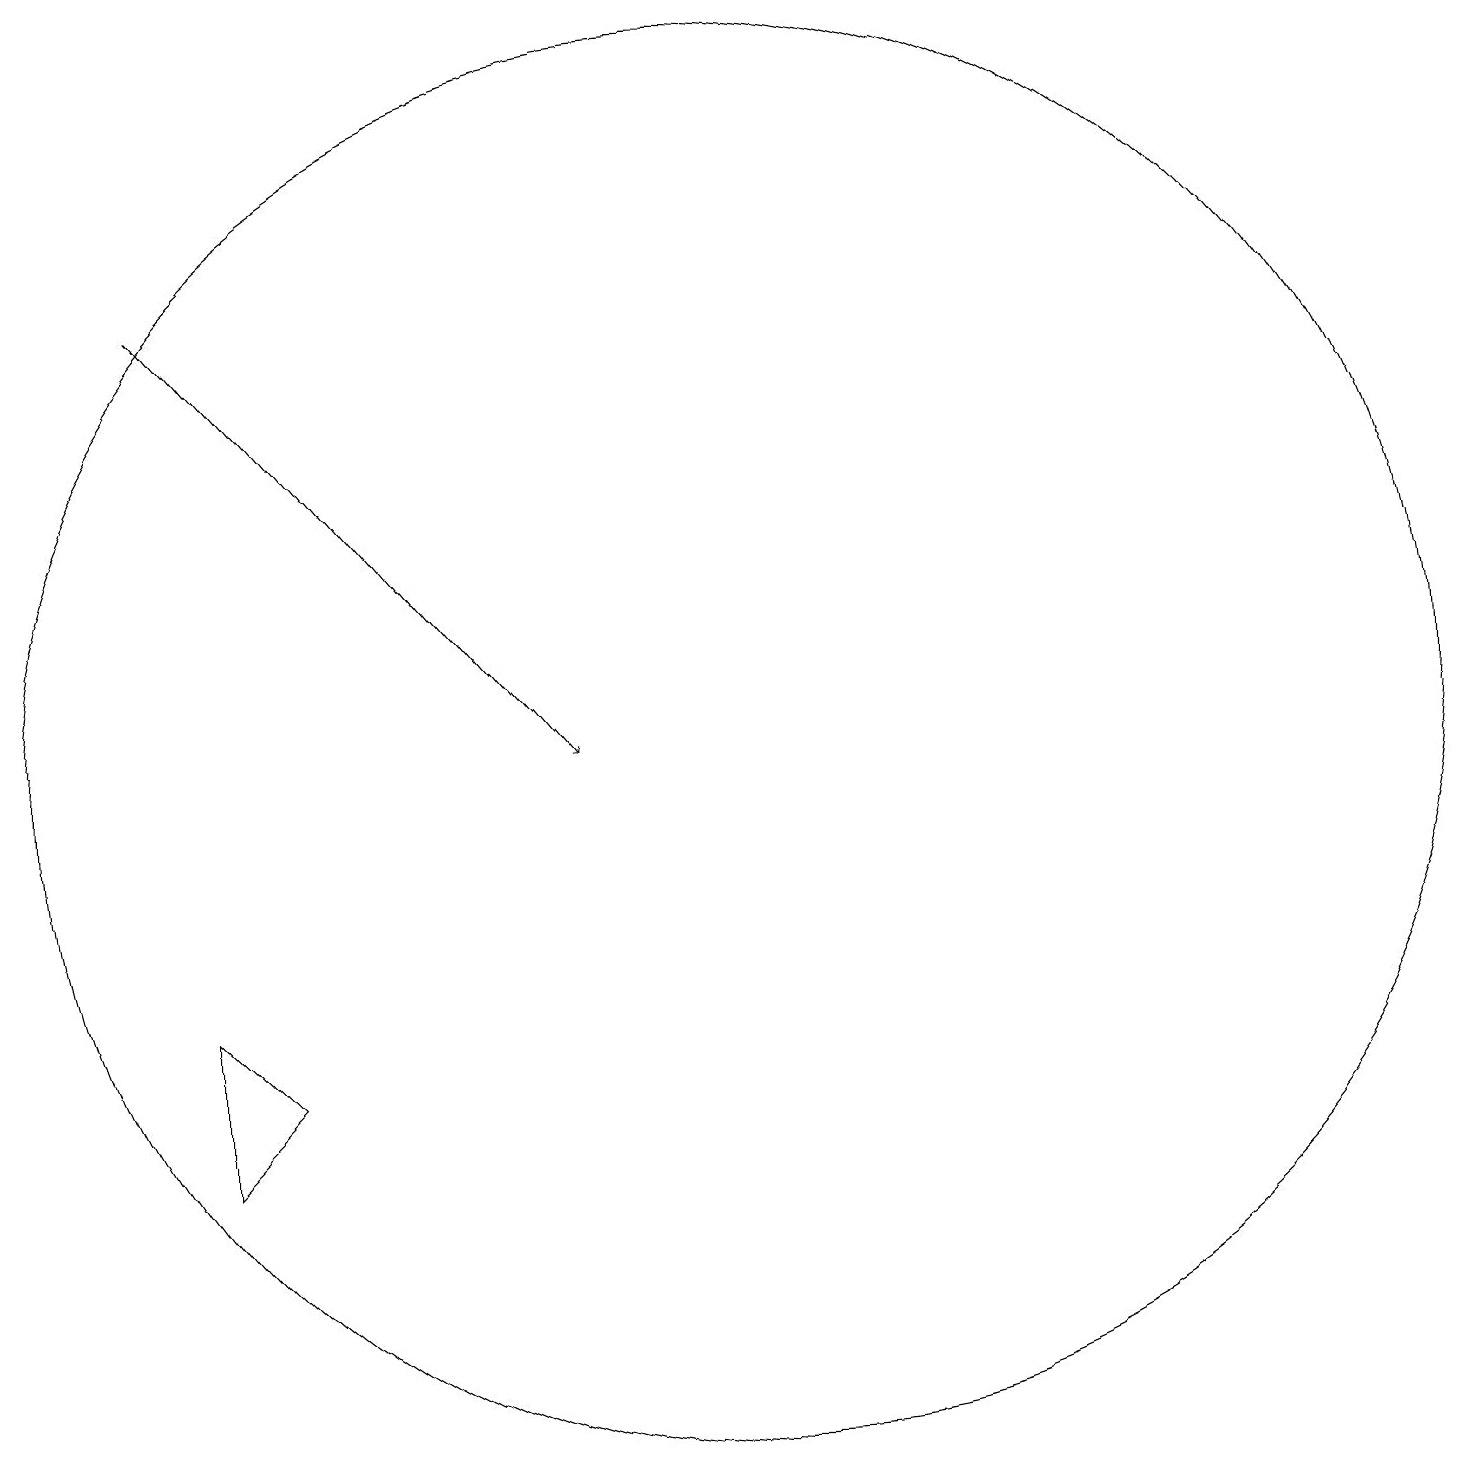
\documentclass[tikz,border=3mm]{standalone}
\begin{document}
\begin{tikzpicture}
\draw[->] (3,17) -- (8,11);
\draw (10,11) circle (9);
\draw (4,7) -- (3,6) -- (3,8) -- cycle;
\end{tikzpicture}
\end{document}